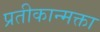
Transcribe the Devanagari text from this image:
प्रतीकान्मक्ता